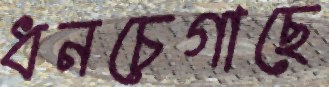
ধনচেগাছে